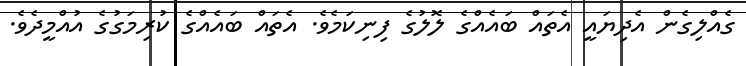
ގެއްލިގެން އެދިޔައީ އެތައް ބައެއްގެ ލޮލުގެ ފިނިކަމެވެ. އެތައް ބައެއްގެ ކުރިމަގުގެ އުއްމީދެވެ.